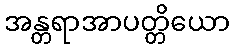
အန္တရာအာပတ္တိယော